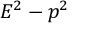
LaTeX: E ^ { 2 } - p ^ { 2 }